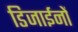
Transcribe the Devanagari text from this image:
डिजाईनों